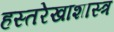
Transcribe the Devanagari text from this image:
हस्तरेखाशास्त्र